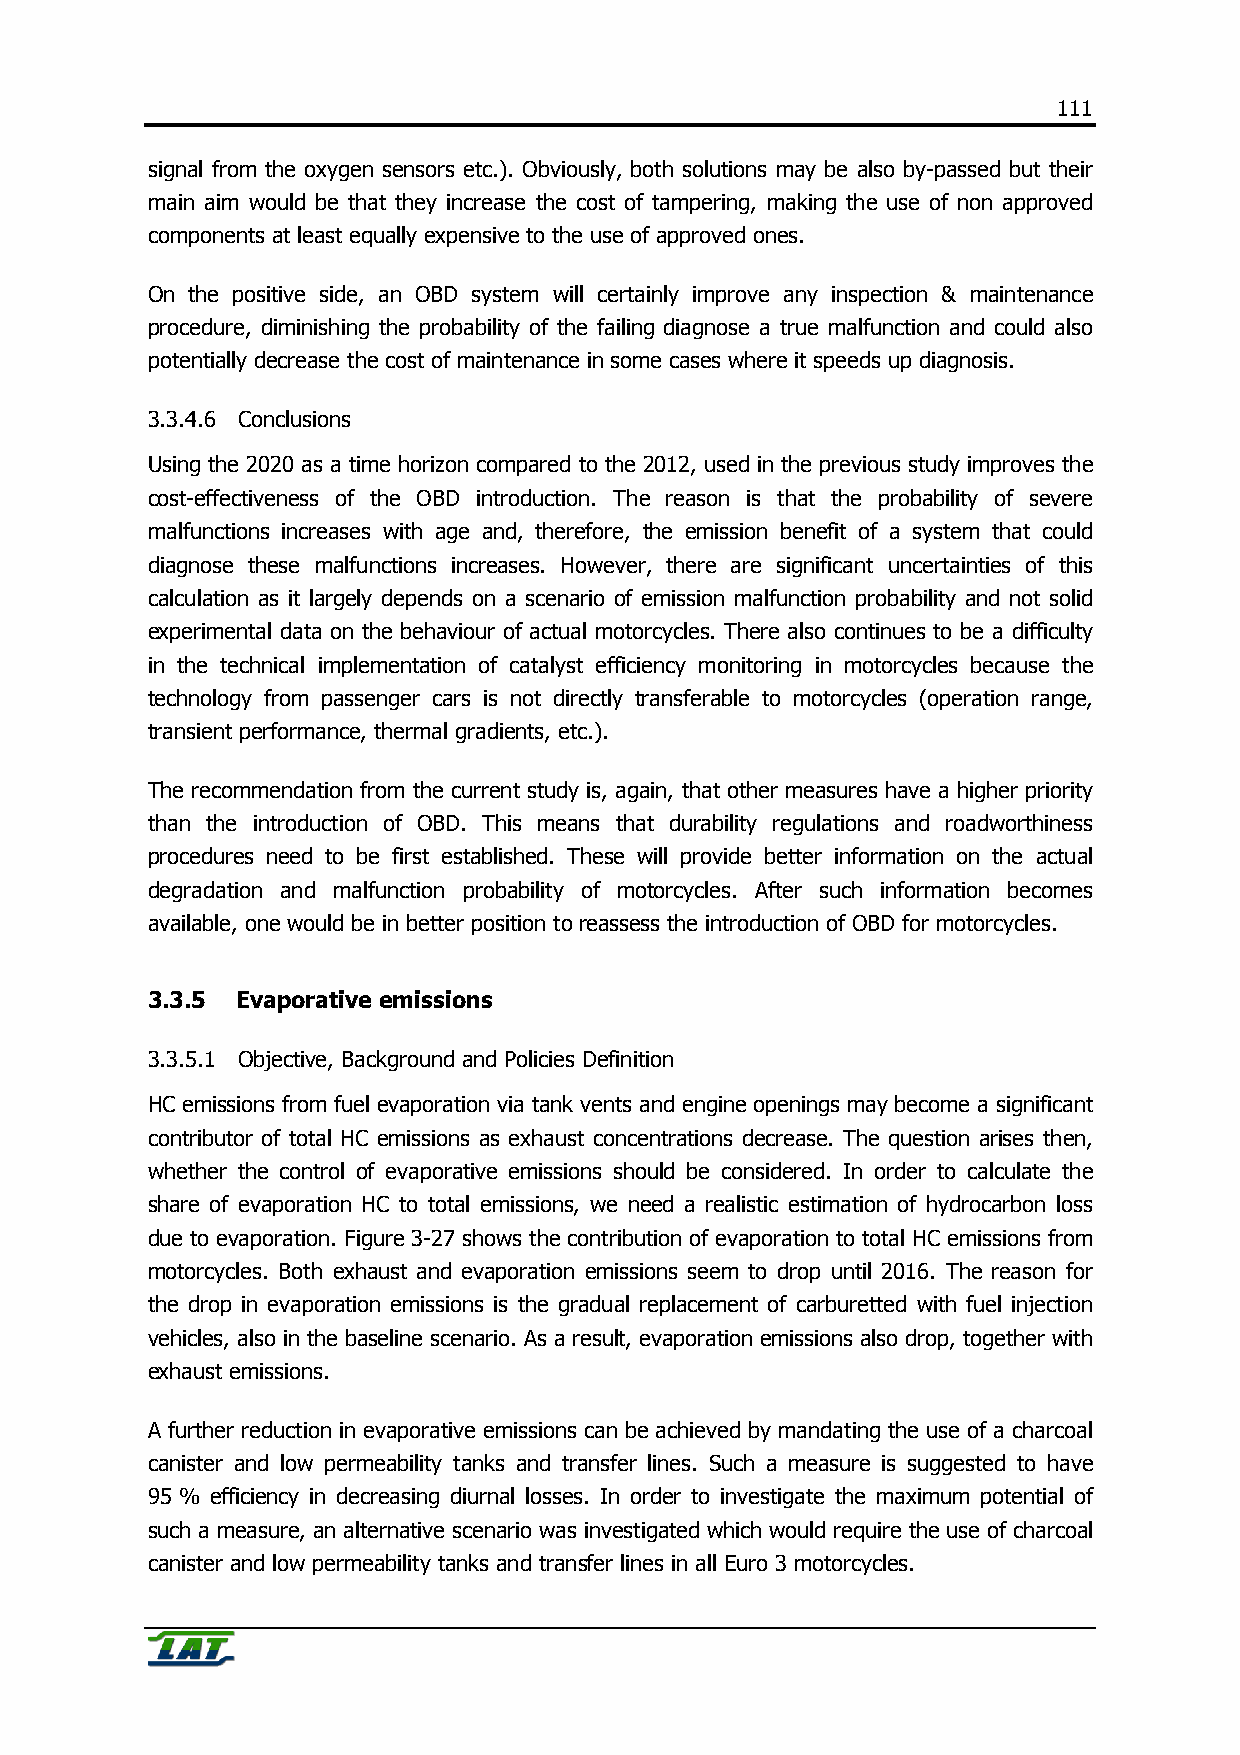
111
 signal from the oxygen sensors etc.). Obviously, both solutions may be also by-passed but their
 main aim would be that they increase the cost of tampering, making the use of non approved
 components at least equally expensive to the use of approved ones.
 On the positive side, an OBD system will certainly improve any inspection & maintenance
 procedure, diminishing the probability of the failing diagnose a true malfunction and could also
 potentially decrease the cost of maintenance in some cases where it speeds up diagnosis.
 3.3.4.6 Conclusions
 Using the 2020 as a time horizon compared to the 2012, used in the previous study improves the
 cost-effectiveness of the OBD introduction. The reason is that the probability of severe
 malfunctions increases with age and, therefore, the emission benefit of a system that could
 diagnose these malfunctions increases. However, there are significant uncertainties of this
 calculation as it largely depends on a scenario of emission malfunction probability and not solid
 experimental data on the behaviour of actual motorcycles. There also continues to be a difficulty
 in the technical implementation of catalyst efficiency monitoring in motorcycles because the
 technology from passenger cars is not directly transferable to motorcycles (operation range,
 transient performance, thermal gradients, etc.).
 The recommendation from the current study is, again, that other measures have a higher priority
 than the introduction of OBD. This means that durability regulations and roadworthiness
 procedures need to be first established. These will provide better information on the actual
 degradation and malfunction probability of motorcycles. After such information becomes
 available, one would be in better position to reassess the introduction of OBD for motorcycles.
 3.3.5 Evaporative emissions
 3.3.5.1 Objective, Background and Policies Definition
 HC emissions from fuel evaporation via tank vents and engine openings may become a significant
 contributor of total HC emissions as exhaust concentrations decrease. The question arises then,
 whether the control of evaporative emissions should be considered. In order to calculate the
 share of evaporation HC to total emissions, we need a realistic estimation of hydrocarbon loss
 due to evaporation. Figure 3-27 shows the contribution of evaporation to total HC emissions from
 motorcycles. Both exhaust and evaporation emissions seem to drop until 2016. The reason for
 the drop in evaporation emissions is the gradual replacement of carburetted with fuel injection
 vehicles, also in the baseline scenario. As a result, evaporation emissions also drop, together with
 exhaust emissions.
 A further reduction in evaporative emissions can be achieved by mandating the use of a charcoal
 canister and low permeability tanks and transfer lines. Such a measure is suggested to have
 95 % efficiency in decreasing diurnal losses. In order to investigate the maximum potential of
 such a measure, an alternative scenario was investigated which would require the use of charcoal
 canister and low permeability tanks and transfer lines in all Euro 3 motorcycles.